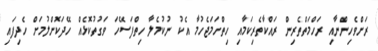
ރަށްވެހިންނާއި ރަހްމަތްތެރިން ރައްކާތެރިކަމާއި ހިތްހަމަޖެހުމާ އެކު ނުކުމެލާ ހިތްފަސޭހަ ވަގުތުކޮޅެއް ހޭދަކޮށްލުމަށް ހެދިފައި